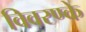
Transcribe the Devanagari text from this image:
विवरण्के